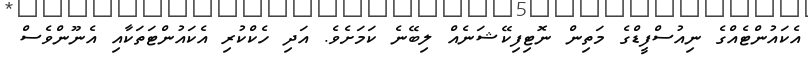
އެކައުންޓެއްގެ ނިއުސްފީޑްގެ މަތިން ނޮޓިފިކޭޝަނެއް ލިބޭނެ ކަމަށެވެ. އަދި ހެކްކުރި އެކައުންޓަތަކާއި އެނޫންވެސް